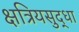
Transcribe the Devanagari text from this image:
क्षत्रियसुद्धा